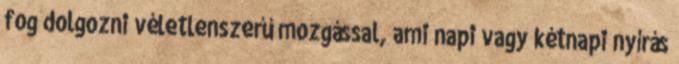
fog dolgozni véletlenszerű mozgással, ami napi vagy kétnapi nyírás